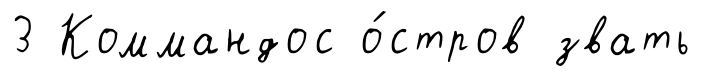
3 Коммандос о́стров звать